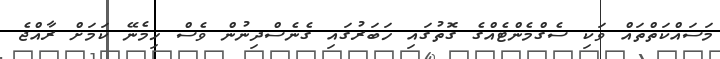
މަސައްކަތްތައް ވަކި ސެގްމެންޓެއްގެ ގޮތުގައި ހަބަރުގައި ގެނެސްދިނުން ވެސް ހިމެނޭ ކަމަށް ރާއްޖެ